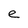
Character: e